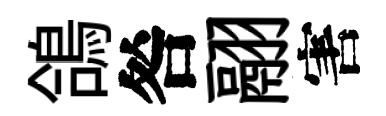
鴿咎翮害